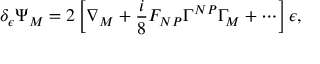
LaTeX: \delta _ { \epsilon } \Psi _ { M } = 2 \left[ \nabla _ { M } + \frac { i } { 8 } F _ { N P } \Gamma ^ { N P } \Gamma _ { M } + \cdots \right] \epsilon ,